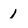
Character: 1